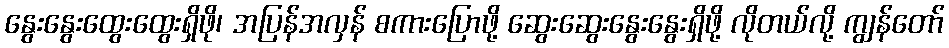
နွေးနွေးထွေးထွေးရှိဖို၊ အပြန်အလှန် စကားပြောဖို့ ဆွေးဆွေးနွေးနွေးရှိဖို့ လိုတယ်လို့ ကျွန်တော်